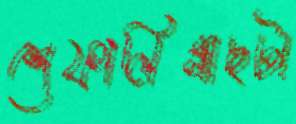
শেফালিগাছটা